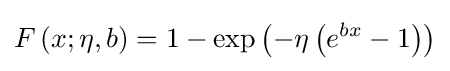
F\left(x;\eta ,b\right)=1-\exp \left(-\eta \left(e^{bx}-1\right)\right)